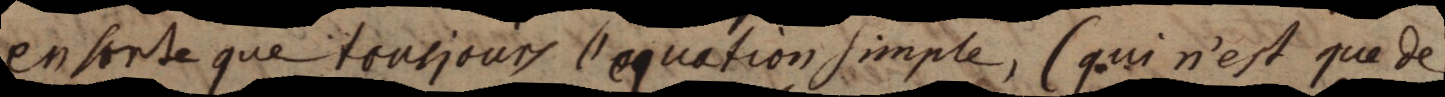
en sorte que tousjours l’equation simple, (qui n’est que de